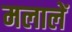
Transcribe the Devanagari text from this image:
मलालें